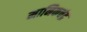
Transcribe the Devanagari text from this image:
मानिकचंद्र